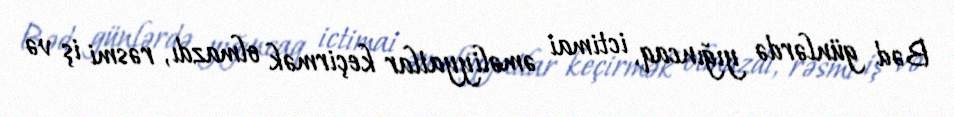
Bəd günlərdə yığıncaq, ictimai əməliyyatlar keçirmək olmazdı, rəsmi iş və